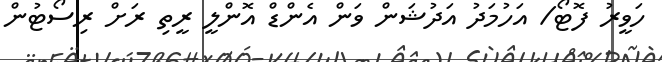
ހަވީރު ފޮޓޯ/ އަހުމަދު އަދުޝަން ވަން އެންޑް އޮންލީ ރީތި ރަށް ރިސޯޓުން